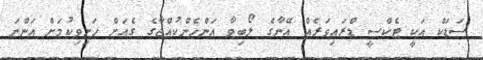
ސަޑަކް އަކީ ޓެކްސީ ޑްރައިވަރެއް އޭނާގެ ލޯބިވާ އަންހެންކުއްޖާގެ ގެއަށް ހަށިވިކުމަށް އަންނަ